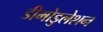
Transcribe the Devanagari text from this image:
डीमोडुलेशन